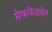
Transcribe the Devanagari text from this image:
मेकफेड्येन